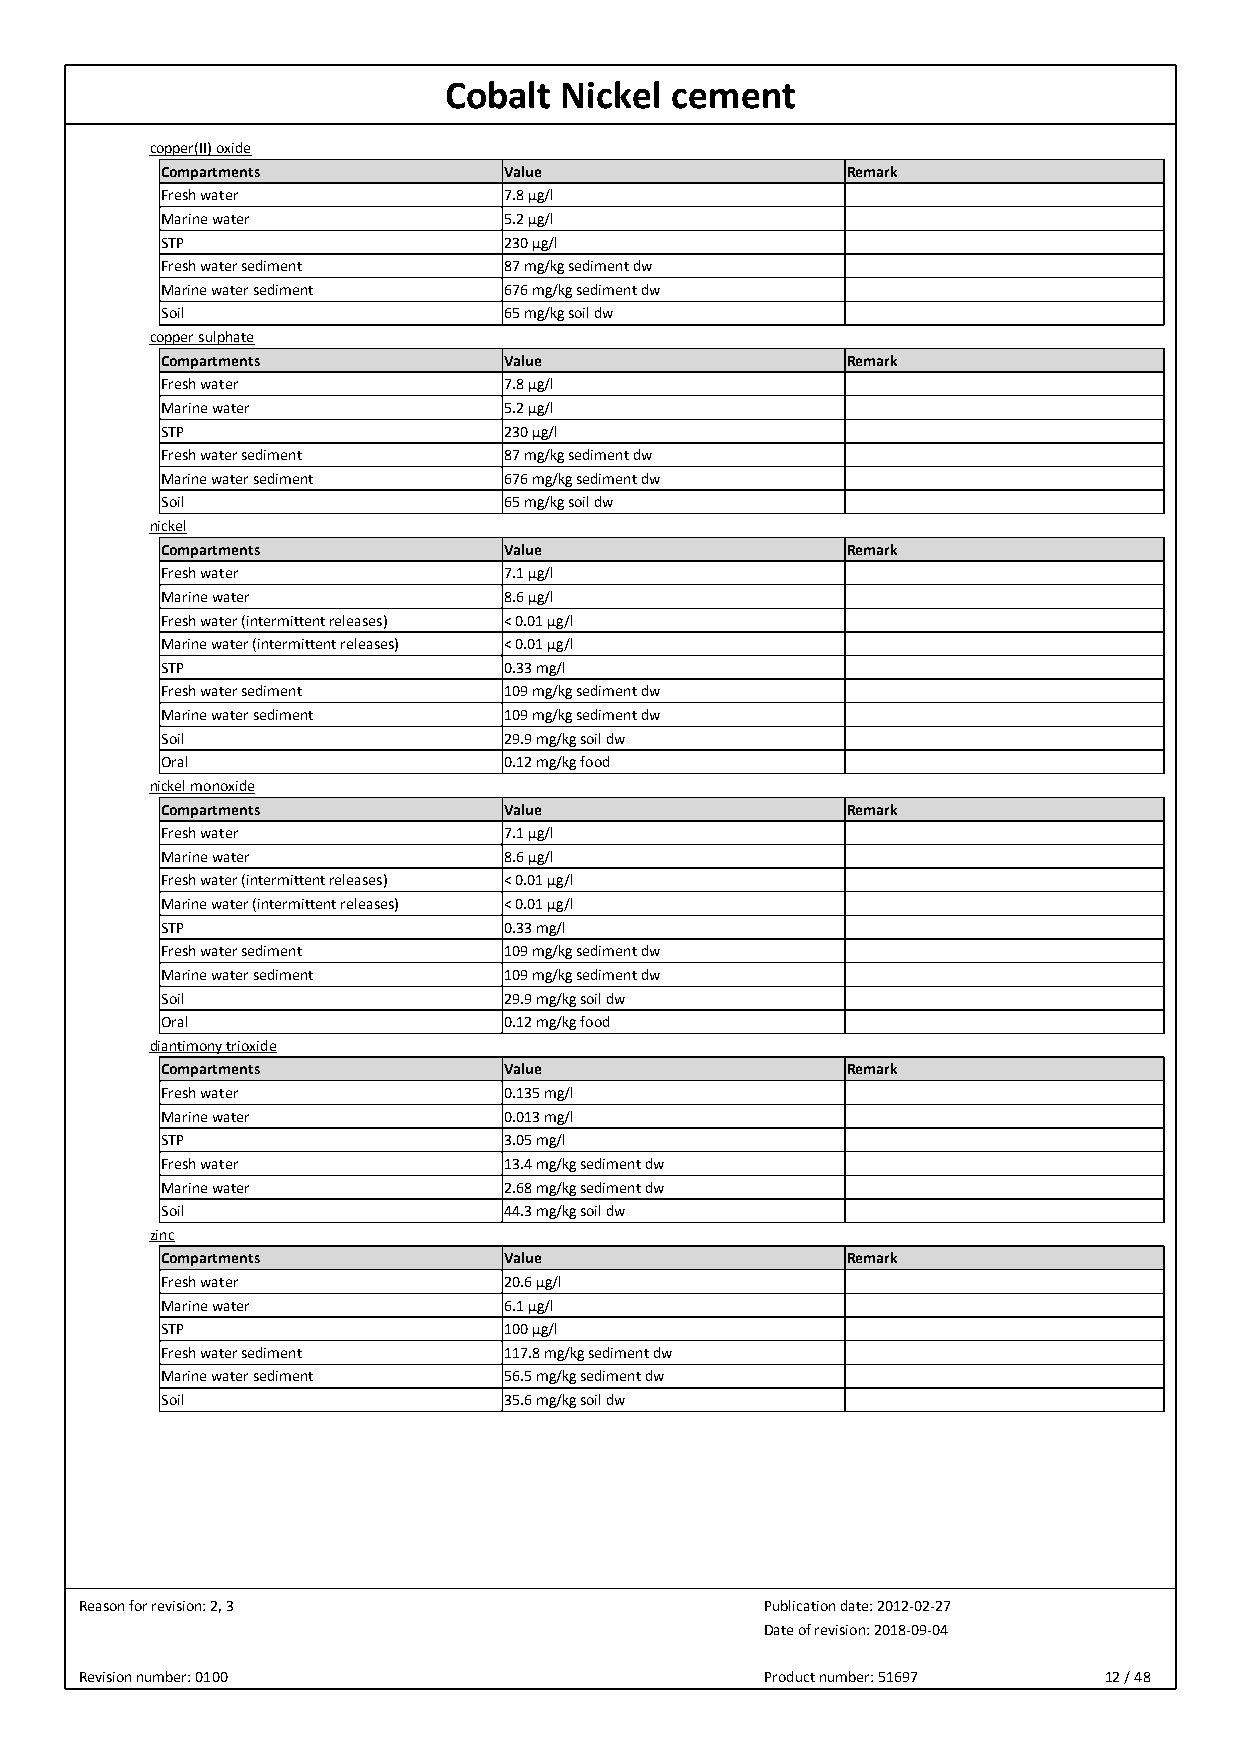
Cobalt  Nickel cement
 copper(II) oxide
 Compartments          Value                  Remark
 Fresh water           7.8 µg/l
 Marine water          5.2 µg/l
 STP                   230 µg/l
 Fresh water sediment  87 mg/kg sediment dw
 Marine water sediment 676 mg/kg sediment dw
 Soil                  65 mg/kg soil dw
 copper sulphate
 Compartments          Value                  Remark
 Fresh water           7.8 µg/l
 Marine water          5.2 µg/l
 STP                   230 µg/l
 Fresh water sediment  87 mg/kg sediment dw
 Marine water sediment 676 mg/kg sediment dw
 Soil                  65 mg/kg soil dw
 nickel
 Compartments          Value                  Remark
 Fresh water           7.1 µg/l
 Marine water          8.6 µg/l
 Fresh water (intermittent releases) < 0.01 µg/l
 Marine water (intermittent releases) < 0.01 µg/l
 STP                   0.33 mg/l
 Fresh water sediment  109 mg/kg sediment dw
 Marine water sediment 109 mg/kg sediment dw
 Soil                  29.9 mg/kg soil dw
 Oral                  0.12 mg/kg food
 nickel monoxide
 Compartments          Value                  Remark
 Fresh water           7.1 µg/l
 Marine water          8.6 µg/l
 Fresh water (intermittent releases) < 0.01 µg/l
 Marine water (intermittent releases) < 0.01 µg/l
 STP                   0.33 mg/l
 Fresh water sediment  109 mg/kg sediment dw
 Marine water sediment 109 mg/kg sediment dw
 Soil                  29.9 mg/kg soil dw
 Oral                  0.12 mg/kg food
 diantimony trioxide
 Compartments          Value                  Remark
 Fresh water           0.135 mg/l
 Marine water          0.013 mg/l
 STP                   3.05 mg/l
 Fresh water           13.4 mg/kg sediment dw
 Marine water          2.68 mg/kg sediment dw
 Soil                  44.3 mg/kg soil dw
 zinc
 Compartments          Value                  Remark
 Fresh water           20.6 µg/l
 Marine water          6.1 µg/l
 STP                   100 µg/l
 Fresh water sediment  117.8 mg/kg sediment dw
 Marine water sediment 56.5 mg/kg sediment dw
 Soil                  35.6 mg/kg soil dw
 Reason for revision: 2, 3                     Publication date: 2012-02-27
 Date of revision: 2018-09-04
 Revision number: 0100                         Product number: 51697 12 / 48